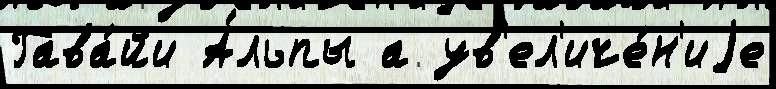
Гава́йи А́льпы а ув'ел'иче́н'иjе